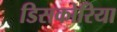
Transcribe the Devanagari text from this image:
डिसकोरिया